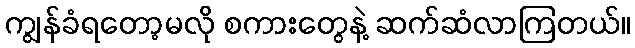
ကျွန်ခံရတော့မလို စကားတွေနဲ့ ဆက်ဆံလာကြတယ်။